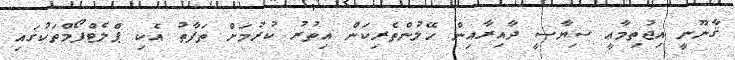
ޤާނޫނީ އިޖުތިމާޢީ ސިޔާސީ ދާއިރާއިން ހޭލުންތެރިކަން އިތުރު ކުރުމަށް ތަފާތު އެކި ޕްލެޓްފޯމްތަކުގައި